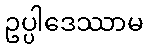
ဥပ္ပါဒေဿာမ